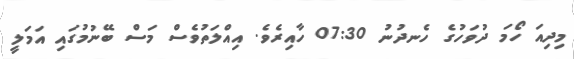
މިދިއަ ހޯމަ ދުވަހުގެ ހެނދުނު 07:30 ހާއިރެވެ. އިއްލަތުވެސް މަސް ބޭނުމުގައި އަމަލީ